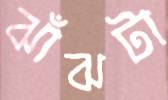
ঝাঁঝটা